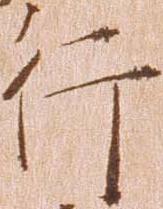
行